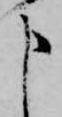
申